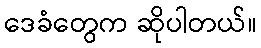
ဒေခံတွေက ဆိုပါတယ်။